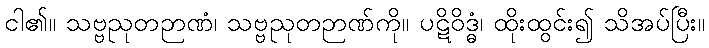
ငါ၏။ သဗ္ဗညုတဉာဏံ၊ သဗ္ဗညုတဉာဏ်ကို။ ပဋိဝိဒ္ဓံ၊ ထိုးထွင်း၍ သိအပ်ပြီး။